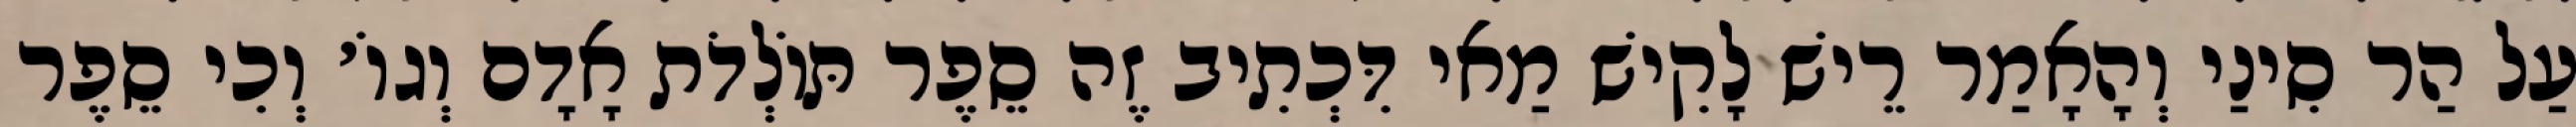
עַל הַר סִינַי וְהָאָמַר רֵישׁ לָקִישׁ מַאי דִּכְתִיב זֶה סֵפֶר תּוֹלְדֹת אָדָם וְגוֹ׳ וְכִי סֵפֶר